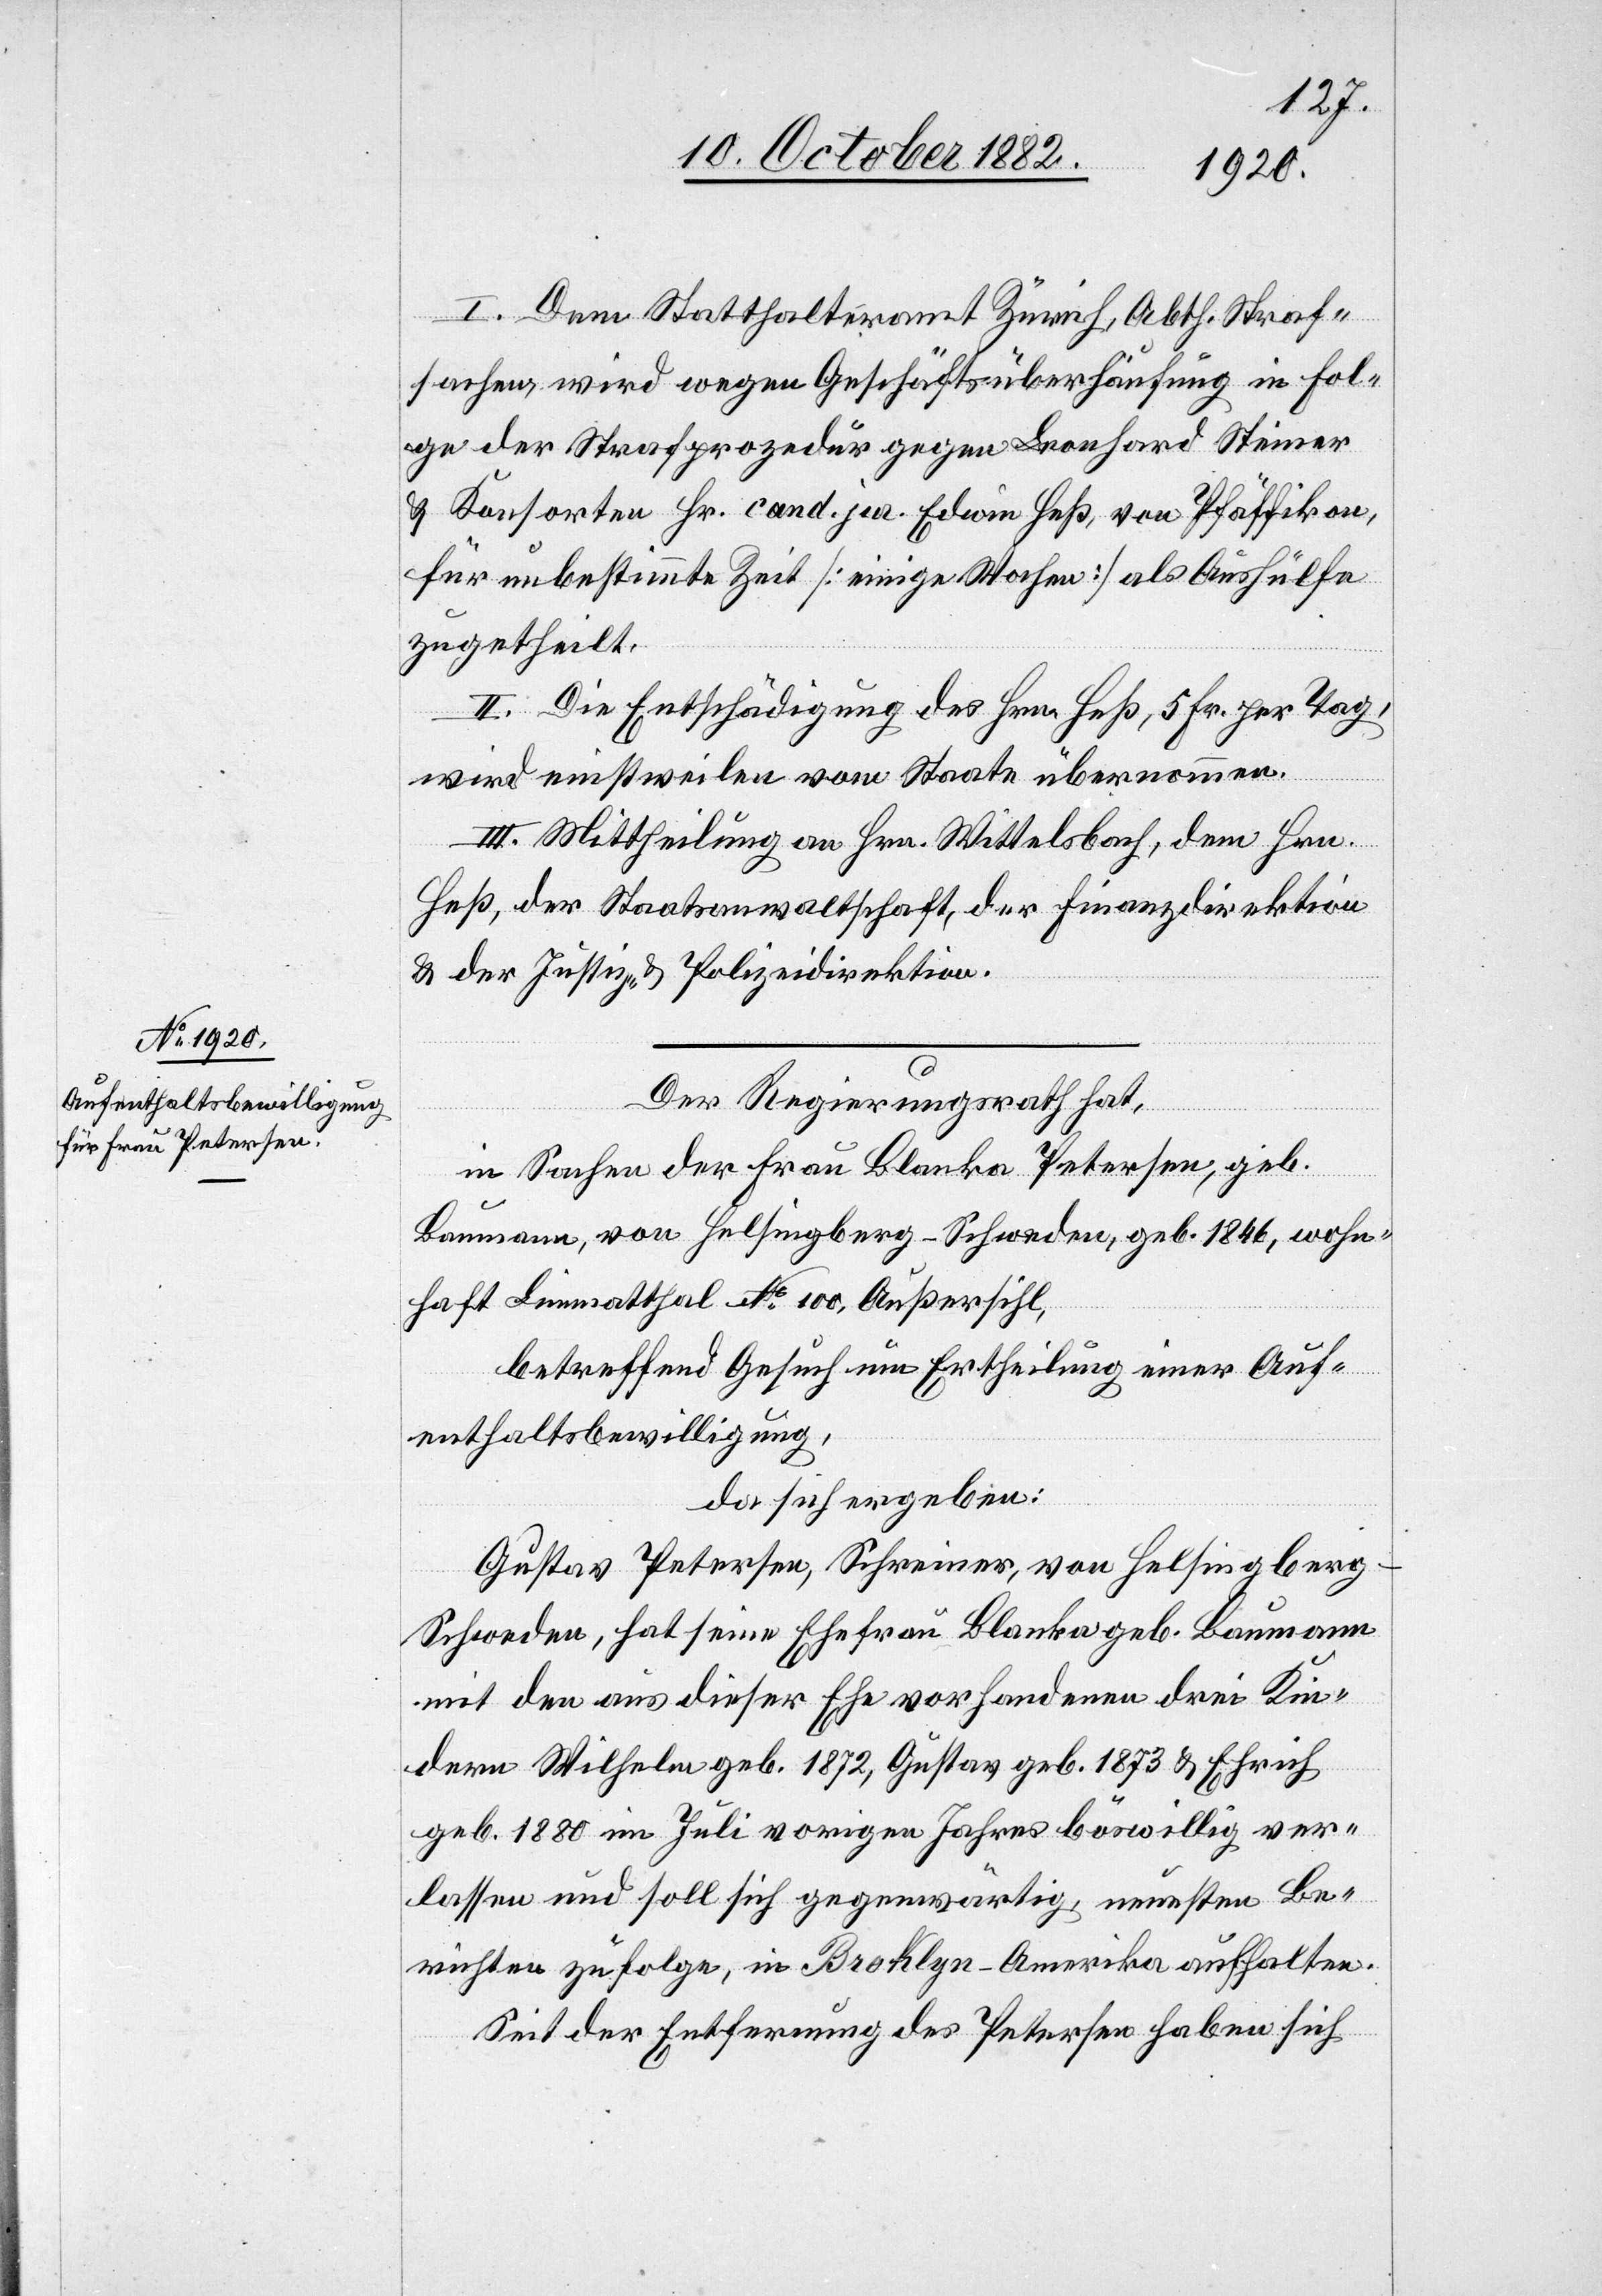
I. Dem Statthalteramt Zürich, Abth. Straf¬
sachen, wird wegen Geschäftsüberhäufung in Fol¬
ge der Strafprozedur gegen Leonhard Steiner
& Konsorten Hr. cand. jur. Edwin Heß, von Pfäffikon,
für unbestimmte Zeit [einige Wochen] als Aushülfe
zugetheilt.
II. Die Entschädigung des Hrn. Heß, 5 Fr. per Tag,
wird einstweilen vom Staate übernommen.
III. Mittheilung an Hrn. Wittelsbach, dem Hrn.
Heß, der Staatsanwaltschaft, der Finanzdirektion
& der Justiz- & Polizeidirektion.
Der Regierungsrath hat,
in Sachen der Frau Blanka Peterson, geb.
Baumann, von Helsingberg - Schweden, geb. 1846, wohn¬
haft Limmatthal No 100, Außersihl,
betreffend Gesuch um Ertheilung eines Auf¬
enthaltsbewilligung,
da sich ergeben:
Gustav Peterson, Schreiner, von Helsingberg
Schweden, hat seine Ehefrau Blanka geb. Baumann
mit den aus dieser Ehe vorhandenen drei Kin¬
dern Wilhelm geb. 1872, Gustav geb. 1873 & Ehrich
geb. 1880 im Juli vorigen Jahres böswillig ver¬
lassen und soll sich gegenwärtig, unsteten Be¬
richten zufolge, in Broklyn - Amerika aufhalten.
Seit der Entfernung des Petersen haben sich